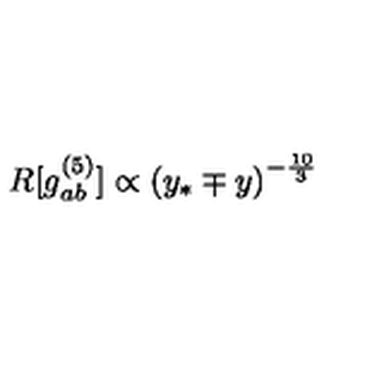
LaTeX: R [ g _ { a b } ^ { ( 5 ) } ] \propto \left( y _ { * } \mp y \right) ^ { - \frac { 1 0 } { 3 } }